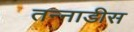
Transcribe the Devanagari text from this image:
तन्नाडीस